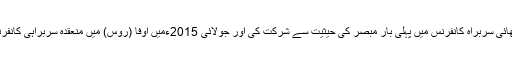
پاکستان‘ بھارت‘ ایران اور منگولیا نے جولائی 2005ءمیں آستانہ (قازقستان) میں منعقدہ شنگھائی سربراہ کانفرنس میں پہلی بار مبصر کی حیثیت سے شرکت کی اور جولائی 2015ءمیں اوفا (روس) میں منعقدہ سربراہی کانفرنس کے موقع پر پاکستان اور بھارت کو اس تنظیم کی باقاعدہ ممبرشپ دینے کا فیصلہ کیا گیا۔